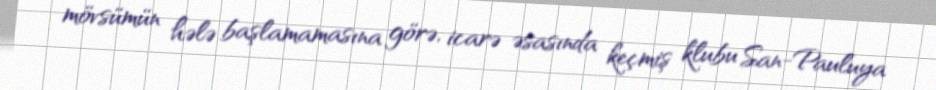
mövsümün hələ başlamamasına görə, icarə əsasında keçmiş klubu San-Pauluya